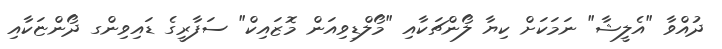
ދުއްވާ "އެލީޝާ" ނަމަކަށް ކިޔާ ލޯންޗަކާއި "މޯލްޑިވިއަން މޮޒައިކް" ސަފާރީގެ ޑައިވިންގ ދޯންޏަކާއި